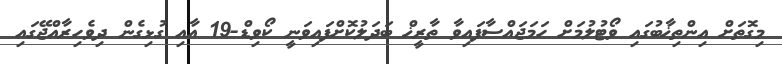
މިގޮތަށް އިންތިޚާބުގައި ވޯޓުލުމަށް ހަމަޖައްސާފައިވާ ތާރީޚް ބަދަލުކޮށްފައިވަނީ ކޯވިޑް-19 އާއި ގުޅިގެން ދިވެހިރާއްޖޭގައި